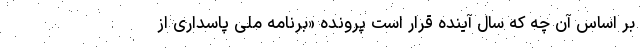
بر اساس آن چه که سال آینده قرار است پرونده «برنامه ملی پاسداری از